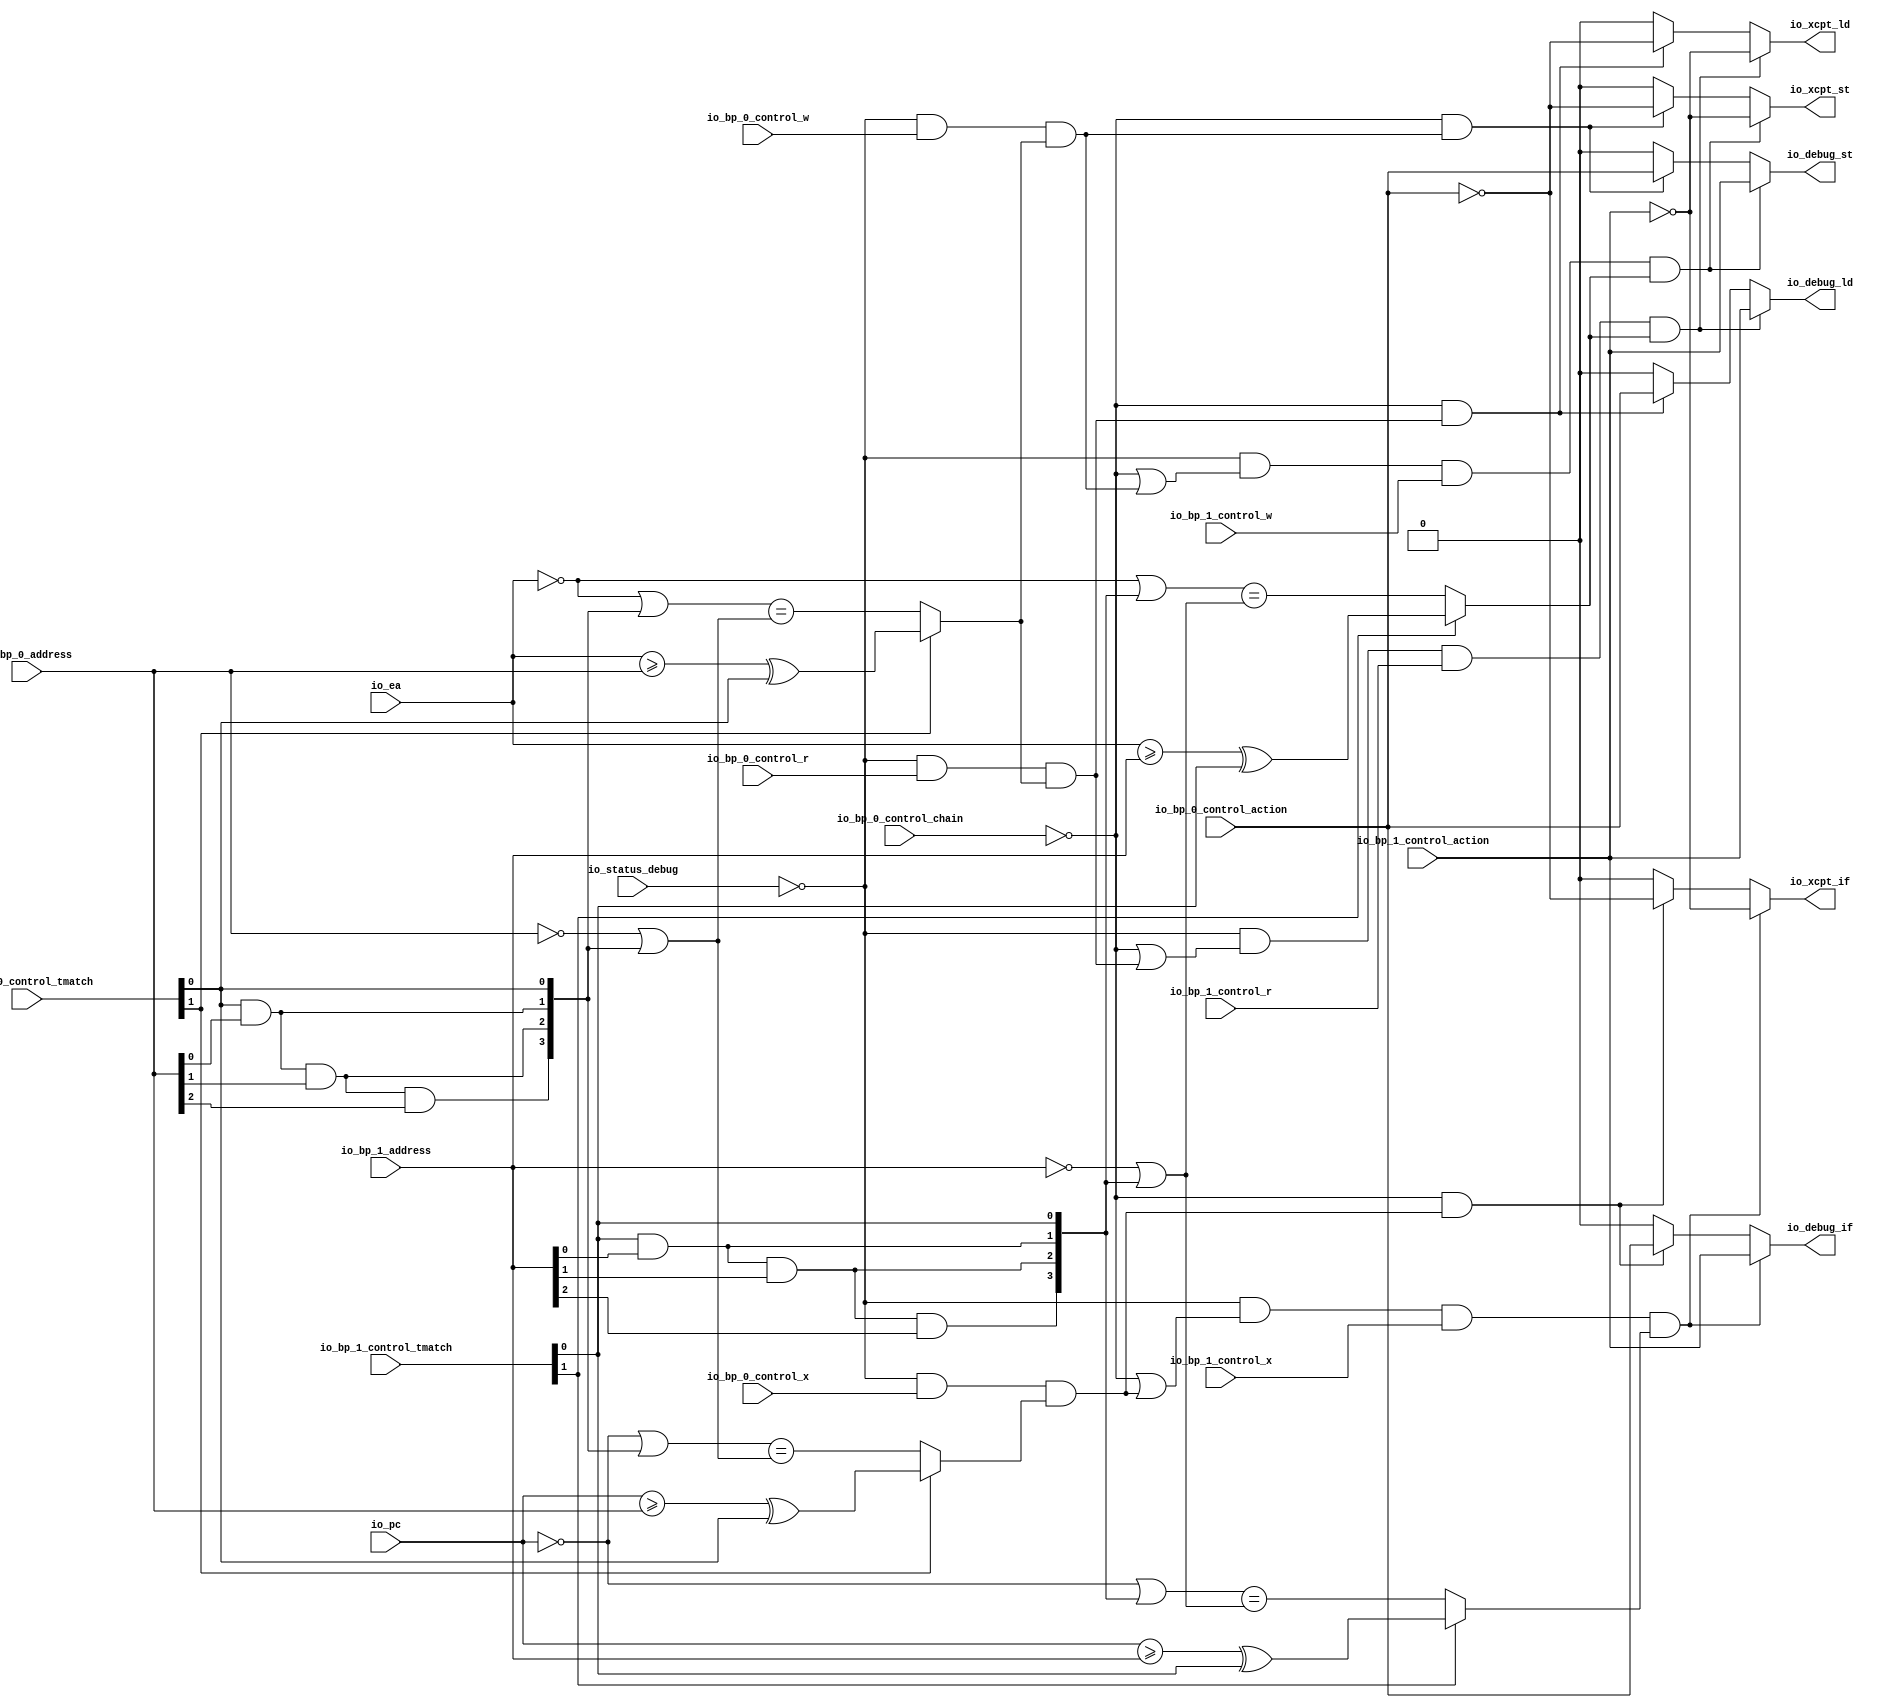
// Copyright (c) 2019, Microchip Corporation
// All rights reserved.
//
// Redistribution and use in source and binary forms, with or without
// modification, are permitted provided that the following conditions are met:
//     * Redistributions of source code must retain the above copyright
//       notice, this list of conditions and the following disclaimer.
//     * Redistributions in binary form must reproduce the above copyright
//       notice, this list of conditions and the following disclaimer in the
//       documentation and/or other materials provided with the distribution.
//     * Neither the name of the <organization> nor the
//       names of its contributors may be used to endorse or promote products
//       derived from this software without specific prior written permission.
//
// THIS SOFTWARE IS PROVIDED BY THE COPYRIGHT HOLDERS AND CONTRIBUTORS "AS IS" AND
// ANY EXPRESS OR IMPLIED WARRANTIES, INCLUDING, BUT NOT LIMITED TO, THE IMPLIED
// WARRANTIES OF MERCHANTABILITY AND FITNESS FOR A PARTICULAR PURPOSE ARE
// DISCLAIMED. IN NO EVENT SHALL MICROSEMI CORPORATIONM BE LIABLE FOR ANY
// DIRECT, INDIRECT, INCIDENTAL, SPECIAL, EXEMPLARY, OR CONSEQUENTIAL DAMAGES
// (INCLUDING, BUT NOT LIMITED TO, PROCUREMENT OF SUBSTITUTE GOODS OR SERVICES;
// LOSS OF USE, DATA, OR PROFITS; OR BUSINESS INTERRUPTION) HOWEVER CAUSED AND
// ON ANY THEORY OF LIABILITY, WHETHER IN CONTRACT, STRICT LIABILITY, OR TORT
// (INCLUDING NEGLIGENCE OR OTHERWISE) ARISING IN ANY WAY OUT OF THE USE OF THIS
// SOFTWARE, EVEN IF ADVISED OF THE POSSIBILITY OF SUCH DAMAGE.
//
// APACHE LICENSE
// Copyright (c) 2019, Microchip Corporation 
//
// Licensed under the Apache License, Version 2.0 (the "License");
// you may not use this file except in compliance with the License.
// You may obtain a copy of the License at
//
//    http://www.apache.org/licenses/LICENSE-2.0
//
// Unless required by applicable law or agreed to in writing, software
// distributed under the License is distributed on an "AS IS" BASIS,
// WITHOUT WARRANTIES OR CONDITIONS OF ANY KIND, either express or implied.
// See the License for the specific language governing permissions and
// limitations under the License.
//
// Description:
//
// SVN Revision Information:
// SVN $Revision: $
// SVN $Date: $
//
// Resolved SARs
// SAR      Date     Who   Description
//
// Notes:
//
// ****************************************************************************/
`ifndef RANDOMIZE_REG_INIT 
	 `define RANDOMIZE_REG_INIT 
 `endif
`ifndef RANDOMIZE_MEM_INIT 
	 `define RANDOMIZE_MEM_INIT 
 `endif
`ifndef RANDOMIZE 
	 `define RANDOMIZE 
`endif

`timescale 1ns/10ps
module MIV_RV32IMAF_L1_AHB_C0_MIV_RV32IMAF_L1_AHB_C0_0_MIV_RV32IMAF_L1_AHB_BREAKPOINT_UNIT( // @[:freechips.rocketchip.system.MivRV32ImafL1AhbConfig.fir@112305.2]
  input         io_status_debug, // @[:freechips.rocketchip.system.MivRV32ImafL1AhbConfig.fir@112308.4]
  input         io_bp_0_control_action, // @[:freechips.rocketchip.system.MivRV32ImafL1AhbConfig.fir@112308.4]
  input         io_bp_0_control_chain, // @[:freechips.rocketchip.system.MivRV32ImafL1AhbConfig.fir@112308.4]
  input  [1:0]  io_bp_0_control_tmatch, // @[:freechips.rocketchip.system.MivRV32ImafL1AhbConfig.fir@112308.4]
  input         io_bp_0_control_x, // @[:freechips.rocketchip.system.MivRV32ImafL1AhbConfig.fir@112308.4]
  input         io_bp_0_control_w, // @[:freechips.rocketchip.system.MivRV32ImafL1AhbConfig.fir@112308.4]
  input         io_bp_0_control_r, // @[:freechips.rocketchip.system.MivRV32ImafL1AhbConfig.fir@112308.4]
  input  [31:0] io_bp_0_address, // @[:freechips.rocketchip.system.MivRV32ImafL1AhbConfig.fir@112308.4]
  input         io_bp_1_control_action, // @[:freechips.rocketchip.system.MivRV32ImafL1AhbConfig.fir@112308.4]
  input  [1:0]  io_bp_1_control_tmatch, // @[:freechips.rocketchip.system.MivRV32ImafL1AhbConfig.fir@112308.4]
  input         io_bp_1_control_x, // @[:freechips.rocketchip.system.MivRV32ImafL1AhbConfig.fir@112308.4]
  input         io_bp_1_control_w, // @[:freechips.rocketchip.system.MivRV32ImafL1AhbConfig.fir@112308.4]
  input         io_bp_1_control_r, // @[:freechips.rocketchip.system.MivRV32ImafL1AhbConfig.fir@112308.4]
  input  [31:0] io_bp_1_address, // @[:freechips.rocketchip.system.MivRV32ImafL1AhbConfig.fir@112308.4]
  input  [31:0] io_pc, // @[:freechips.rocketchip.system.MivRV32ImafL1AhbConfig.fir@112308.4]
  input  [31:0] io_ea, // @[:freechips.rocketchip.system.MivRV32ImafL1AhbConfig.fir@112308.4]
  output        io_xcpt_if, // @[:freechips.rocketchip.system.MivRV32ImafL1AhbConfig.fir@112308.4]
  output        io_xcpt_ld, // @[:freechips.rocketchip.system.MivRV32ImafL1AhbConfig.fir@112308.4]
  output        io_xcpt_st, // @[:freechips.rocketchip.system.MivRV32ImafL1AhbConfig.fir@112308.4]
  output        io_debug_if, // @[:freechips.rocketchip.system.MivRV32ImafL1AhbConfig.fir@112308.4]
  output        io_debug_ld, // @[:freechips.rocketchip.system.MivRV32ImafL1AhbConfig.fir@112308.4]
  output        io_debug_st // @[:freechips.rocketchip.system.MivRV32ImafL1AhbConfig.fir@112308.4]
);
  wire  _T_28; // @[Breakpoint.scala 30:35:freechips.rocketchip.system.MivRV32ImafL1AhbConfig.fir@112319.4]
  wire [3:0] _T_32; // @[Breakpoint.scala 30:68:freechips.rocketchip.system.MivRV32ImafL1AhbConfig.fir@112323.4]
  wire  _T_33; // @[Breakpoint.scala 30:68:freechips.rocketchip.system.MivRV32ImafL1AhbConfig.fir@112324.4]
  wire  _T_34; // @[Breakpoint.scala 30:50:freechips.rocketchip.system.MivRV32ImafL1AhbConfig.fir@112325.4]
  wire  _T_36; // @[Breakpoint.scala 73:22:freechips.rocketchip.system.MivRV32ImafL1AhbConfig.fir@112327.4]
  wire  _T_37; // @[Breakpoint.scala 47:23:freechips.rocketchip.system.MivRV32ImafL1AhbConfig.fir@112328.4]
  wire  _T_38; // @[Breakpoint.scala 44:8:freechips.rocketchip.system.MivRV32ImafL1AhbConfig.fir@112329.4]
  wire  _T_39; // @[Breakpoint.scala 44:36:freechips.rocketchip.system.MivRV32ImafL1AhbConfig.fir@112330.4]
  wire  _T_40; // @[Breakpoint.scala 44:20:freechips.rocketchip.system.MivRV32ImafL1AhbConfig.fir@112331.4]
  wire [31:0] _T_41; // @[Breakpoint.scala 41:6:freechips.rocketchip.system.MivRV32ImafL1AhbConfig.fir@112332.4]
  wire  _T_43; // @[Breakpoint.scala 38:83:freechips.rocketchip.system.MivRV32ImafL1AhbConfig.fir@112334.4]
  wire  _T_44; // @[Breakpoint.scala 38:73:freechips.rocketchip.system.MivRV32ImafL1AhbConfig.fir@112335.4]
  wire  _T_45; // @[Breakpoint.scala 38:83:freechips.rocketchip.system.MivRV32ImafL1AhbConfig.fir@112336.4]
  wire  _T_46; // @[Breakpoint.scala 38:73:freechips.rocketchip.system.MivRV32ImafL1AhbConfig.fir@112337.4]
  wire  _T_47; // @[Breakpoint.scala 38:83:freechips.rocketchip.system.MivRV32ImafL1AhbConfig.fir@112338.4]
  wire  _T_48; // @[Breakpoint.scala 38:73:freechips.rocketchip.system.MivRV32ImafL1AhbConfig.fir@112339.4]
  wire [1:0] _T_49; // @[Cat.scala 30:58:freechips.rocketchip.system.MivRV32ImafL1AhbConfig.fir@112340.4]
  wire [1:0] _T_50; // @[Cat.scala 30:58:freechips.rocketchip.system.MivRV32ImafL1AhbConfig.fir@112341.4]
  wire [3:0] _T_51; // @[Cat.scala 30:58:freechips.rocketchip.system.MivRV32ImafL1AhbConfig.fir@112342.4]
  wire [31:0] _GEN_12; // @[Breakpoint.scala 41:9:freechips.rocketchip.system.MivRV32ImafL1AhbConfig.fir@112343.4]
  wire [31:0] _T_52; // @[Breakpoint.scala 41:9:freechips.rocketchip.system.MivRV32ImafL1AhbConfig.fir@112343.4]
  wire [31:0] _T_53; // @[Breakpoint.scala 41:24:freechips.rocketchip.system.MivRV32ImafL1AhbConfig.fir@112344.4]
  wire [31:0] _T_64; // @[Breakpoint.scala 41:33:freechips.rocketchip.system.MivRV32ImafL1AhbConfig.fir@112355.4]
  wire  _T_65; // @[Breakpoint.scala 41:19:freechips.rocketchip.system.MivRV32ImafL1AhbConfig.fir@112356.4]
  wire  _T_66; // @[Breakpoint.scala 47:8:freechips.rocketchip.system.MivRV32ImafL1AhbConfig.fir@112357.4]
  wire  _T_67; // @[Breakpoint.scala 73:38:freechips.rocketchip.system.MivRV32ImafL1AhbConfig.fir@112358.4]
  wire  _T_69; // @[Breakpoint.scala 74:22:freechips.rocketchip.system.MivRV32ImafL1AhbConfig.fir@112360.4]
  wire  _T_100; // @[Breakpoint.scala 74:38:freechips.rocketchip.system.MivRV32ImafL1AhbConfig.fir@112391.4]
  wire  _T_102; // @[Breakpoint.scala 75:22:freechips.rocketchip.system.MivRV32ImafL1AhbConfig.fir@112393.4]
  wire  _T_104; // @[Breakpoint.scala 44:8:freechips.rocketchip.system.MivRV32ImafL1AhbConfig.fir@112395.4]
  wire  _T_106; // @[Breakpoint.scala 44:20:freechips.rocketchip.system.MivRV32ImafL1AhbConfig.fir@112397.4]
  wire [31:0] _T_107; // @[Breakpoint.scala 41:6:freechips.rocketchip.system.MivRV32ImafL1AhbConfig.fir@112398.4]
  wire [31:0] _T_118; // @[Breakpoint.scala 41:9:freechips.rocketchip.system.MivRV32ImafL1AhbConfig.fir@112409.4]
  wire  _T_131; // @[Breakpoint.scala 41:19:freechips.rocketchip.system.MivRV32ImafL1AhbConfig.fir@112422.4]
  wire  _T_132; // @[Breakpoint.scala 47:8:freechips.rocketchip.system.MivRV32ImafL1AhbConfig.fir@112423.4]
  wire  _T_133; // @[Breakpoint.scala 75:38:freechips.rocketchip.system.MivRV32ImafL1AhbConfig.fir@112424.4]
  wire  _T_135; // @[Breakpoint.scala 76:15:freechips.rocketchip.system.MivRV32ImafL1AhbConfig.fir@112425.4]
  wire  _T_136; // @[Breakpoint.scala 78:15:freechips.rocketchip.system.MivRV32ImafL1AhbConfig.fir@112426.4]
  wire  _T_138; // @[Breakpoint.scala 78:37:freechips.rocketchip.system.MivRV32ImafL1AhbConfig.fir@112428.6]
  wire  _GEN_0; // @[Breakpoint.scala 78:21:freechips.rocketchip.system.MivRV32ImafL1AhbConfig.fir@112427.4]
  wire  _GEN_1; // @[Breakpoint.scala 78:21:freechips.rocketchip.system.MivRV32ImafL1AhbConfig.fir@112427.4]
  wire  _T_139; // @[Breakpoint.scala 79:15:freechips.rocketchip.system.MivRV32ImafL1AhbConfig.fir@112432.4]
  wire  _GEN_2; // @[Breakpoint.scala 79:21:freechips.rocketchip.system.MivRV32ImafL1AhbConfig.fir@112433.4]
  wire  _GEN_3; // @[Breakpoint.scala 79:21:freechips.rocketchip.system.MivRV32ImafL1AhbConfig.fir@112433.4]
  wire  _T_142; // @[Breakpoint.scala 80:15:freechips.rocketchip.system.MivRV32ImafL1AhbConfig.fir@112438.4]
  wire  _GEN_4; // @[Breakpoint.scala 80:21:freechips.rocketchip.system.MivRV32ImafL1AhbConfig.fir@112439.4]
  wire  _GEN_5; // @[Breakpoint.scala 80:21:freechips.rocketchip.system.MivRV32ImafL1AhbConfig.fir@112439.4]
  wire  _T_145; // @[Breakpoint.scala 82:10:freechips.rocketchip.system.MivRV32ImafL1AhbConfig.fir@112444.4]
  wire  _T_146; // @[Breakpoint.scala 82:20:freechips.rocketchip.system.MivRV32ImafL1AhbConfig.fir@112445.4]
  wire  _T_147; // @[Breakpoint.scala 82:30:freechips.rocketchip.system.MivRV32ImafL1AhbConfig.fir@112446.4]
  wire  _T_156; // @[Breakpoint.scala 73:16:freechips.rocketchip.system.MivRV32ImafL1AhbConfig.fir@112454.4]
  wire  _T_157; // @[Breakpoint.scala 73:22:freechips.rocketchip.system.MivRV32ImafL1AhbConfig.fir@112455.4]
  wire  _T_158; // @[Breakpoint.scala 47:23:freechips.rocketchip.system.MivRV32ImafL1AhbConfig.fir@112456.4]
  wire  _T_159; // @[Breakpoint.scala 44:8:freechips.rocketchip.system.MivRV32ImafL1AhbConfig.fir@112457.4]
  wire  _T_160; // @[Breakpoint.scala 44:36:freechips.rocketchip.system.MivRV32ImafL1AhbConfig.fir@112458.4]
  wire  _T_161; // @[Breakpoint.scala 44:20:freechips.rocketchip.system.MivRV32ImafL1AhbConfig.fir@112459.4]
  wire  _T_164; // @[Breakpoint.scala 38:83:freechips.rocketchip.system.MivRV32ImafL1AhbConfig.fir@112462.4]
  wire  _T_165; // @[Breakpoint.scala 38:73:freechips.rocketchip.system.MivRV32ImafL1AhbConfig.fir@112463.4]
  wire  _T_166; // @[Breakpoint.scala 38:83:freechips.rocketchip.system.MivRV32ImafL1AhbConfig.fir@112464.4]
  wire  _T_167; // @[Breakpoint.scala 38:73:freechips.rocketchip.system.MivRV32ImafL1AhbConfig.fir@112465.4]
  wire  _T_168; // @[Breakpoint.scala 38:83:freechips.rocketchip.system.MivRV32ImafL1AhbConfig.fir@112466.4]
  wire  _T_169; // @[Breakpoint.scala 38:73:freechips.rocketchip.system.MivRV32ImafL1AhbConfig.fir@112467.4]
  wire [1:0] _T_170; // @[Cat.scala 30:58:freechips.rocketchip.system.MivRV32ImafL1AhbConfig.fir@112468.4]
  wire [1:0] _T_171; // @[Cat.scala 30:58:freechips.rocketchip.system.MivRV32ImafL1AhbConfig.fir@112469.4]
  wire [3:0] _T_172; // @[Cat.scala 30:58:freechips.rocketchip.system.MivRV32ImafL1AhbConfig.fir@112470.4]
  wire [31:0] _GEN_18; // @[Breakpoint.scala 41:9:freechips.rocketchip.system.MivRV32ImafL1AhbConfig.fir@112471.4]
  wire [31:0] _T_173; // @[Breakpoint.scala 41:9:freechips.rocketchip.system.MivRV32ImafL1AhbConfig.fir@112471.4]
  wire [31:0] _T_174; // @[Breakpoint.scala 41:24:freechips.rocketchip.system.MivRV32ImafL1AhbConfig.fir@112472.4]
  wire [31:0] _T_185; // @[Breakpoint.scala 41:33:freechips.rocketchip.system.MivRV32ImafL1AhbConfig.fir@112483.4]
  wire  _T_186; // @[Breakpoint.scala 41:19:freechips.rocketchip.system.MivRV32ImafL1AhbConfig.fir@112484.4]
  wire  _T_187; // @[Breakpoint.scala 47:8:freechips.rocketchip.system.MivRV32ImafL1AhbConfig.fir@112485.4]
  wire  _T_188; // @[Breakpoint.scala 73:38:freechips.rocketchip.system.MivRV32ImafL1AhbConfig.fir@112486.4]
  wire  _T_189; // @[Breakpoint.scala 74:16:freechips.rocketchip.system.MivRV32ImafL1AhbConfig.fir@112487.4]
  wire  _T_190; // @[Breakpoint.scala 74:22:freechips.rocketchip.system.MivRV32ImafL1AhbConfig.fir@112488.4]
  wire  _T_221; // @[Breakpoint.scala 74:38:freechips.rocketchip.system.MivRV32ImafL1AhbConfig.fir@112519.4]
  wire  _T_222; // @[Breakpoint.scala 75:16:freechips.rocketchip.system.MivRV32ImafL1AhbConfig.fir@112520.4]
  wire  _T_223; // @[Breakpoint.scala 75:22:freechips.rocketchip.system.MivRV32ImafL1AhbConfig.fir@112521.4]
  wire  _T_225; // @[Breakpoint.scala 44:8:freechips.rocketchip.system.MivRV32ImafL1AhbConfig.fir@112523.4]
  wire  _T_227; // @[Breakpoint.scala 44:20:freechips.rocketchip.system.MivRV32ImafL1AhbConfig.fir@112525.4]
  wire [31:0] _T_239; // @[Breakpoint.scala 41:9:freechips.rocketchip.system.MivRV32ImafL1AhbConfig.fir@112537.4]
  wire  _T_252; // @[Breakpoint.scala 41:19:freechips.rocketchip.system.MivRV32ImafL1AhbConfig.fir@112550.4]
  wire  _T_253; // @[Breakpoint.scala 47:8:freechips.rocketchip.system.MivRV32ImafL1AhbConfig.fir@112551.4]
  wire  _T_254; // @[Breakpoint.scala 75:38:freechips.rocketchip.system.MivRV32ImafL1AhbConfig.fir@112552.4]
  wire  _T_259; // @[Breakpoint.scala 78:37:freechips.rocketchip.system.MivRV32ImafL1AhbConfig.fir@112556.6]
  wire  _GEN_6; // @[Breakpoint.scala 78:21:freechips.rocketchip.system.MivRV32ImafL1AhbConfig.fir@112555.4]
  wire  _GEN_7; // @[Breakpoint.scala 78:21:freechips.rocketchip.system.MivRV32ImafL1AhbConfig.fir@112555.4]
  wire  _GEN_8; // @[Breakpoint.scala 79:21:freechips.rocketchip.system.MivRV32ImafL1AhbConfig.fir@112561.4]
  wire  _GEN_9; // @[Breakpoint.scala 79:21:freechips.rocketchip.system.MivRV32ImafL1AhbConfig.fir@112561.4]
  wire  _GEN_10; // @[Breakpoint.scala 80:21:freechips.rocketchip.system.MivRV32ImafL1AhbConfig.fir@112567.4]
  wire  _GEN_11; // @[Breakpoint.scala 80:21:freechips.rocketchip.system.MivRV32ImafL1AhbConfig.fir@112567.4]
  assign _T_28 = io_status_debug == 1'h0; // @[Breakpoint.scala 30:35:freechips.rocketchip.system.MivRV32ImafL1AhbConfig.fir@112319.4]
  assign _T_32 = 4'h8 >> 2'h3; // @[Breakpoint.scala 30:68:freechips.rocketchip.system.MivRV32ImafL1AhbConfig.fir@112323.4]
  assign _T_33 = _T_32[0]; // @[Breakpoint.scala 30:68:freechips.rocketchip.system.MivRV32ImafL1AhbConfig.fir@112324.4]
  assign _T_34 = _T_28 & _T_33; // @[Breakpoint.scala 30:50:freechips.rocketchip.system.MivRV32ImafL1AhbConfig.fir@112325.4]
  assign _T_36 = _T_34 & io_bp_0_control_r; // @[Breakpoint.scala 73:22:freechips.rocketchip.system.MivRV32ImafL1AhbConfig.fir@112327.4]
  assign _T_37 = io_bp_0_control_tmatch[1]; // @[Breakpoint.scala 47:23:freechips.rocketchip.system.MivRV32ImafL1AhbConfig.fir@112328.4]
  assign _T_38 = io_ea >= io_bp_0_address; // @[Breakpoint.scala 44:8:freechips.rocketchip.system.MivRV32ImafL1AhbConfig.fir@112329.4]
  assign _T_39 = io_bp_0_control_tmatch[0]; // @[Breakpoint.scala 44:36:freechips.rocketchip.system.MivRV32ImafL1AhbConfig.fir@112330.4]
  assign _T_40 = _T_38 ^ _T_39; // @[Breakpoint.scala 44:20:freechips.rocketchip.system.MivRV32ImafL1AhbConfig.fir@112331.4]
  assign _T_41 = ~ io_ea; // @[Breakpoint.scala 41:6:freechips.rocketchip.system.MivRV32ImafL1AhbConfig.fir@112332.4]
  assign _T_43 = io_bp_0_address[0]; // @[Breakpoint.scala 38:83:freechips.rocketchip.system.MivRV32ImafL1AhbConfig.fir@112334.4]
  assign _T_44 = _T_39 & _T_43; // @[Breakpoint.scala 38:73:freechips.rocketchip.system.MivRV32ImafL1AhbConfig.fir@112335.4]
  assign _T_45 = io_bp_0_address[1]; // @[Breakpoint.scala 38:83:freechips.rocketchip.system.MivRV32ImafL1AhbConfig.fir@112336.4]
  assign _T_46 = _T_44 & _T_45; // @[Breakpoint.scala 38:73:freechips.rocketchip.system.MivRV32ImafL1AhbConfig.fir@112337.4]
  assign _T_47 = io_bp_0_address[2]; // @[Breakpoint.scala 38:83:freechips.rocketchip.system.MivRV32ImafL1AhbConfig.fir@112338.4]
  assign _T_48 = _T_46 & _T_47; // @[Breakpoint.scala 38:73:freechips.rocketchip.system.MivRV32ImafL1AhbConfig.fir@112339.4]
  assign _T_49 = {_T_44,_T_39}; // @[Cat.scala 30:58:freechips.rocketchip.system.MivRV32ImafL1AhbConfig.fir@112340.4]
  assign _T_50 = {_T_48,_T_46}; // @[Cat.scala 30:58:freechips.rocketchip.system.MivRV32ImafL1AhbConfig.fir@112341.4]
  assign _T_51 = {_T_50,_T_49}; // @[Cat.scala 30:58:freechips.rocketchip.system.MivRV32ImafL1AhbConfig.fir@112342.4]
  assign _GEN_12 = {{28'd0}, _T_51}; // @[Breakpoint.scala 41:9:freechips.rocketchip.system.MivRV32ImafL1AhbConfig.fir@112343.4]
  assign _T_52 = _T_41 | _GEN_12; // @[Breakpoint.scala 41:9:freechips.rocketchip.system.MivRV32ImafL1AhbConfig.fir@112343.4]
  assign _T_53 = ~ io_bp_0_address; // @[Breakpoint.scala 41:24:freechips.rocketchip.system.MivRV32ImafL1AhbConfig.fir@112344.4]
  assign _T_64 = _T_53 | _GEN_12; // @[Breakpoint.scala 41:33:freechips.rocketchip.system.MivRV32ImafL1AhbConfig.fir@112355.4]
  assign _T_65 = _T_52 == _T_64; // @[Breakpoint.scala 41:19:freechips.rocketchip.system.MivRV32ImafL1AhbConfig.fir@112356.4]
  assign _T_66 = _T_37 ? _T_40 : _T_65; // @[Breakpoint.scala 47:8:freechips.rocketchip.system.MivRV32ImafL1AhbConfig.fir@112357.4]
  assign _T_67 = _T_36 & _T_66; // @[Breakpoint.scala 73:38:freechips.rocketchip.system.MivRV32ImafL1AhbConfig.fir@112358.4]
  assign _T_69 = _T_34 & io_bp_0_control_w; // @[Breakpoint.scala 74:22:freechips.rocketchip.system.MivRV32ImafL1AhbConfig.fir@112360.4]
  assign _T_100 = _T_69 & _T_66; // @[Breakpoint.scala 74:38:freechips.rocketchip.system.MivRV32ImafL1AhbConfig.fir@112391.4]
  assign _T_102 = _T_34 & io_bp_0_control_x; // @[Breakpoint.scala 75:22:freechips.rocketchip.system.MivRV32ImafL1AhbConfig.fir@112393.4]
  assign _T_104 = io_pc >= io_bp_0_address; // @[Breakpoint.scala 44:8:freechips.rocketchip.system.MivRV32ImafL1AhbConfig.fir@112395.4]
  assign _T_106 = _T_104 ^ _T_39; // @[Breakpoint.scala 44:20:freechips.rocketchip.system.MivRV32ImafL1AhbConfig.fir@112397.4]
  assign _T_107 = ~ io_pc; // @[Breakpoint.scala 41:6:freechips.rocketchip.system.MivRV32ImafL1AhbConfig.fir@112398.4]
  assign _T_118 = _T_107 | _GEN_12; // @[Breakpoint.scala 41:9:freechips.rocketchip.system.MivRV32ImafL1AhbConfig.fir@112409.4]
  assign _T_131 = _T_118 == _T_64; // @[Breakpoint.scala 41:19:freechips.rocketchip.system.MivRV32ImafL1AhbConfig.fir@112422.4]
  assign _T_132 = _T_37 ? _T_106 : _T_131; // @[Breakpoint.scala 47:8:freechips.rocketchip.system.MivRV32ImafL1AhbConfig.fir@112423.4]
  assign _T_133 = _T_102 & _T_132; // @[Breakpoint.scala 75:38:freechips.rocketchip.system.MivRV32ImafL1AhbConfig.fir@112424.4]
  assign _T_135 = io_bp_0_control_chain == 1'h0; // @[Breakpoint.scala 76:15:freechips.rocketchip.system.MivRV32ImafL1AhbConfig.fir@112425.4]
  assign _T_136 = _T_135 & _T_67; // @[Breakpoint.scala 78:15:freechips.rocketchip.system.MivRV32ImafL1AhbConfig.fir@112426.4]
  assign _T_138 = io_bp_0_control_action == 1'h0; // @[Breakpoint.scala 78:37:freechips.rocketchip.system.MivRV32ImafL1AhbConfig.fir@112428.6]
  assign _GEN_0 = _T_136 ? _T_138 : 1'h0; // @[Breakpoint.scala 78:21:freechips.rocketchip.system.MivRV32ImafL1AhbConfig.fir@112427.4]
  assign _GEN_1 = _T_136 ? io_bp_0_control_action : 1'h0; // @[Breakpoint.scala 78:21:freechips.rocketchip.system.MivRV32ImafL1AhbConfig.fir@112427.4]
  assign _T_139 = _T_135 & _T_100; // @[Breakpoint.scala 79:15:freechips.rocketchip.system.MivRV32ImafL1AhbConfig.fir@112432.4]
  assign _GEN_2 = _T_139 ? _T_138 : 1'h0; // @[Breakpoint.scala 79:21:freechips.rocketchip.system.MivRV32ImafL1AhbConfig.fir@112433.4]
  assign _GEN_3 = _T_139 ? io_bp_0_control_action : 1'h0; // @[Breakpoint.scala 79:21:freechips.rocketchip.system.MivRV32ImafL1AhbConfig.fir@112433.4]
  assign _T_142 = _T_135 & _T_133; // @[Breakpoint.scala 80:15:freechips.rocketchip.system.MivRV32ImafL1AhbConfig.fir@112438.4]
  assign _GEN_4 = _T_142 ? _T_138 : 1'h0; // @[Breakpoint.scala 80:21:freechips.rocketchip.system.MivRV32ImafL1AhbConfig.fir@112439.4]
  assign _GEN_5 = _T_142 ? io_bp_0_control_action : 1'h0; // @[Breakpoint.scala 80:21:freechips.rocketchip.system.MivRV32ImafL1AhbConfig.fir@112439.4]
  assign _T_145 = _T_135 | _T_67; // @[Breakpoint.scala 82:10:freechips.rocketchip.system.MivRV32ImafL1AhbConfig.fir@112444.4]
  assign _T_146 = _T_135 | _T_100; // @[Breakpoint.scala 82:20:freechips.rocketchip.system.MivRV32ImafL1AhbConfig.fir@112445.4]
  assign _T_147 = _T_135 | _T_133; // @[Breakpoint.scala 82:30:freechips.rocketchip.system.MivRV32ImafL1AhbConfig.fir@112446.4]
  assign _T_156 = _T_34 & _T_145; // @[Breakpoint.scala 73:16:freechips.rocketchip.system.MivRV32ImafL1AhbConfig.fir@112454.4]
  assign _T_157 = _T_156 & io_bp_1_control_r; // @[Breakpoint.scala 73:22:freechips.rocketchip.system.MivRV32ImafL1AhbConfig.fir@112455.4]
  assign _T_158 = io_bp_1_control_tmatch[1]; // @[Breakpoint.scala 47:23:freechips.rocketchip.system.MivRV32ImafL1AhbConfig.fir@112456.4]
  assign _T_159 = io_ea >= io_bp_1_address; // @[Breakpoint.scala 44:8:freechips.rocketchip.system.MivRV32ImafL1AhbConfig.fir@112457.4]
  assign _T_160 = io_bp_1_control_tmatch[0]; // @[Breakpoint.scala 44:36:freechips.rocketchip.system.MivRV32ImafL1AhbConfig.fir@112458.4]
  assign _T_161 = _T_159 ^ _T_160; // @[Breakpoint.scala 44:20:freechips.rocketchip.system.MivRV32ImafL1AhbConfig.fir@112459.4]
  assign _T_164 = io_bp_1_address[0]; // @[Breakpoint.scala 38:83:freechips.rocketchip.system.MivRV32ImafL1AhbConfig.fir@112462.4]
  assign _T_165 = _T_160 & _T_164; // @[Breakpoint.scala 38:73:freechips.rocketchip.system.MivRV32ImafL1AhbConfig.fir@112463.4]
  assign _T_166 = io_bp_1_address[1]; // @[Breakpoint.scala 38:83:freechips.rocketchip.system.MivRV32ImafL1AhbConfig.fir@112464.4]
  assign _T_167 = _T_165 & _T_166; // @[Breakpoint.scala 38:73:freechips.rocketchip.system.MivRV32ImafL1AhbConfig.fir@112465.4]
  assign _T_168 = io_bp_1_address[2]; // @[Breakpoint.scala 38:83:freechips.rocketchip.system.MivRV32ImafL1AhbConfig.fir@112466.4]
  assign _T_169 = _T_167 & _T_168; // @[Breakpoint.scala 38:73:freechips.rocketchip.system.MivRV32ImafL1AhbConfig.fir@112467.4]
  assign _T_170 = {_T_165,_T_160}; // @[Cat.scala 30:58:freechips.rocketchip.system.MivRV32ImafL1AhbConfig.fir@112468.4]
  assign _T_171 = {_T_169,_T_167}; // @[Cat.scala 30:58:freechips.rocketchip.system.MivRV32ImafL1AhbConfig.fir@112469.4]
  assign _T_172 = {_T_171,_T_170}; // @[Cat.scala 30:58:freechips.rocketchip.system.MivRV32ImafL1AhbConfig.fir@112470.4]
  assign _GEN_18 = {{28'd0}, _T_172}; // @[Breakpoint.scala 41:9:freechips.rocketchip.system.MivRV32ImafL1AhbConfig.fir@112471.4]
  assign _T_173 = _T_41 | _GEN_18; // @[Breakpoint.scala 41:9:freechips.rocketchip.system.MivRV32ImafL1AhbConfig.fir@112471.4]
  assign _T_174 = ~ io_bp_1_address; // @[Breakpoint.scala 41:24:freechips.rocketchip.system.MivRV32ImafL1AhbConfig.fir@112472.4]
  assign _T_185 = _T_174 | _GEN_18; // @[Breakpoint.scala 41:33:freechips.rocketchip.system.MivRV32ImafL1AhbConfig.fir@112483.4]
  assign _T_186 = _T_173 == _T_185; // @[Breakpoint.scala 41:19:freechips.rocketchip.system.MivRV32ImafL1AhbConfig.fir@112484.4]
  assign _T_187 = _T_158 ? _T_161 : _T_186; // @[Breakpoint.scala 47:8:freechips.rocketchip.system.MivRV32ImafL1AhbConfig.fir@112485.4]
  assign _T_188 = _T_157 & _T_187; // @[Breakpoint.scala 73:38:freechips.rocketchip.system.MivRV32ImafL1AhbConfig.fir@112486.4]
  assign _T_189 = _T_34 & _T_146; // @[Breakpoint.scala 74:16:freechips.rocketchip.system.MivRV32ImafL1AhbConfig.fir@112487.4]
  assign _T_190 = _T_189 & io_bp_1_control_w; // @[Breakpoint.scala 74:22:freechips.rocketchip.system.MivRV32ImafL1AhbConfig.fir@112488.4]
  assign _T_221 = _T_190 & _T_187; // @[Breakpoint.scala 74:38:freechips.rocketchip.system.MivRV32ImafL1AhbConfig.fir@112519.4]
  assign _T_222 = _T_34 & _T_147; // @[Breakpoint.scala 75:16:freechips.rocketchip.system.MivRV32ImafL1AhbConfig.fir@112520.4]
  assign _T_223 = _T_222 & io_bp_1_control_x; // @[Breakpoint.scala 75:22:freechips.rocketchip.system.MivRV32ImafL1AhbConfig.fir@112521.4]
  assign _T_225 = io_pc >= io_bp_1_address; // @[Breakpoint.scala 44:8:freechips.rocketchip.system.MivRV32ImafL1AhbConfig.fir@112523.4]
  assign _T_227 = _T_225 ^ _T_160; // @[Breakpoint.scala 44:20:freechips.rocketchip.system.MivRV32ImafL1AhbConfig.fir@112525.4]
  assign _T_239 = _T_107 | _GEN_18; // @[Breakpoint.scala 41:9:freechips.rocketchip.system.MivRV32ImafL1AhbConfig.fir@112537.4]
  assign _T_252 = _T_239 == _T_185; // @[Breakpoint.scala 41:19:freechips.rocketchip.system.MivRV32ImafL1AhbConfig.fir@112550.4]
  assign _T_253 = _T_158 ? _T_227 : _T_252; // @[Breakpoint.scala 47:8:freechips.rocketchip.system.MivRV32ImafL1AhbConfig.fir@112551.4]
  assign _T_254 = _T_223 & _T_253; // @[Breakpoint.scala 75:38:freechips.rocketchip.system.MivRV32ImafL1AhbConfig.fir@112552.4]
  assign _T_259 = io_bp_1_control_action == 1'h0; // @[Breakpoint.scala 78:37:freechips.rocketchip.system.MivRV32ImafL1AhbConfig.fir@112556.6]
  assign _GEN_6 = _T_188 ? _T_259 : _GEN_0; // @[Breakpoint.scala 78:21:freechips.rocketchip.system.MivRV32ImafL1AhbConfig.fir@112555.4]
  assign _GEN_7 = _T_188 ? io_bp_1_control_action : _GEN_1; // @[Breakpoint.scala 78:21:freechips.rocketchip.system.MivRV32ImafL1AhbConfig.fir@112555.4]
  assign _GEN_8 = _T_221 ? _T_259 : _GEN_2; // @[Breakpoint.scala 79:21:freechips.rocketchip.system.MivRV32ImafL1AhbConfig.fir@112561.4]
  assign _GEN_9 = _T_221 ? io_bp_1_control_action : _GEN_3; // @[Breakpoint.scala 79:21:freechips.rocketchip.system.MivRV32ImafL1AhbConfig.fir@112561.4]
  assign _GEN_10 = _T_254 ? _T_259 : _GEN_4; // @[Breakpoint.scala 80:21:freechips.rocketchip.system.MivRV32ImafL1AhbConfig.fir@112567.4]
  assign _GEN_11 = _T_254 ? io_bp_1_control_action : _GEN_5; // @[Breakpoint.scala 80:21:freechips.rocketchip.system.MivRV32ImafL1AhbConfig.fir@112567.4]
  assign io_xcpt_if = _GEN_10;
  assign io_xcpt_ld = _GEN_6;
  assign io_xcpt_st = _GEN_8;
  assign io_debug_if = _GEN_11;
  assign io_debug_ld = _GEN_7;
  assign io_debug_st = _GEN_9;
endmodule